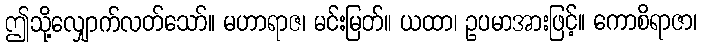
ဤသို့လျှောက်လတ်သော်။ မဟာရာဇ၊ မင်းမြတ်။ ယထာ၊ ဥပမာအားဖြင့်။ ကောစိရာဇာ၊